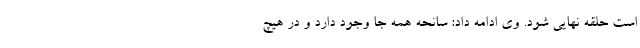
است حلقه نهایی شود. وی ادامه داد: سانحه همه جا وجود دارد و در هیچ